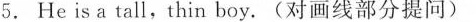
5. He is a tall,thin boy.(对画线部分提问)